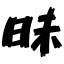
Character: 昧